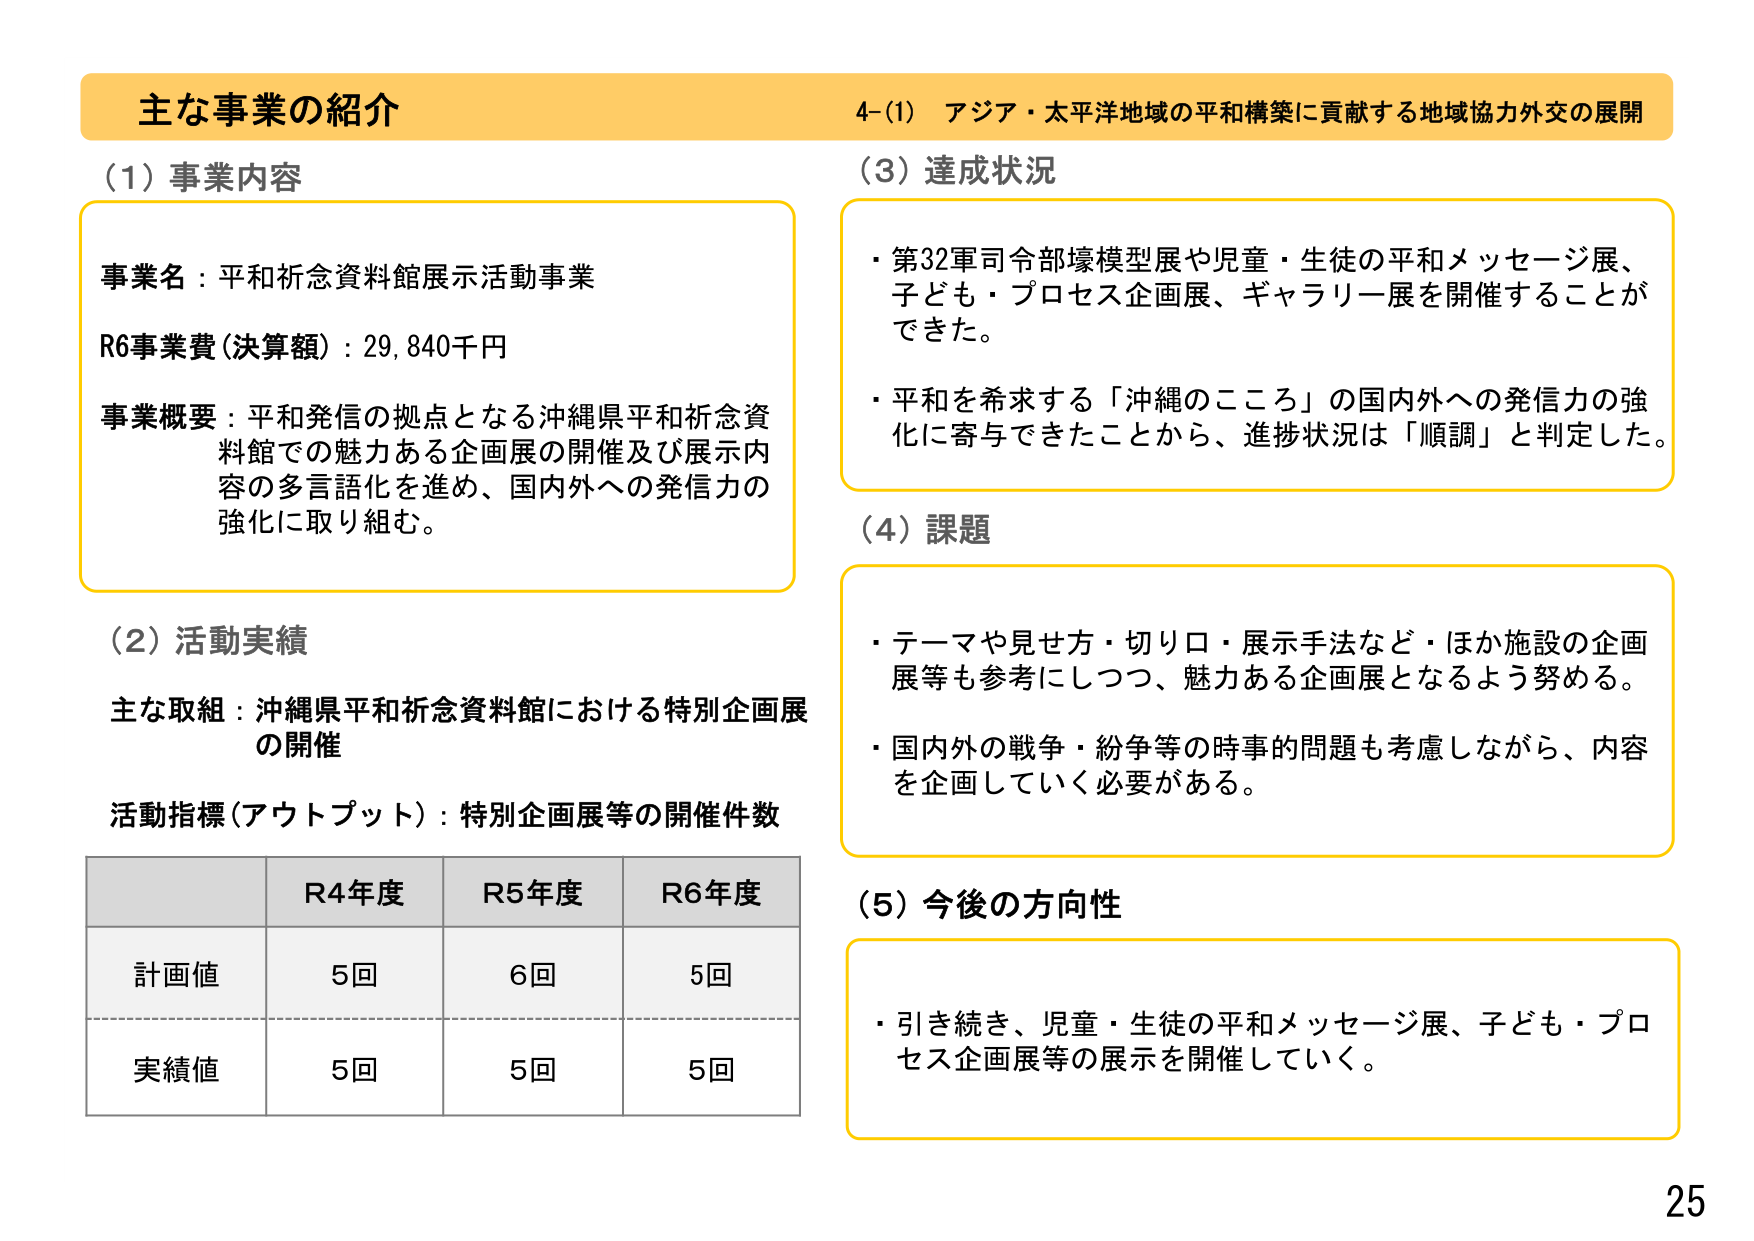
主な事業の紹介
4-(1) アジア・太平洋地域の平和構築に貢献する地域協力外交の展開

(1) 事業内容
事業名：平和祈念資料館展示活動事業
R6事業費（決算額）：29,840千円
事業概要：平和発信の拠点となる沖縄県平和祈念資料館での魅力ある企画展の開催及び展示内容の多言語化を進め、国内外への発信力の強化に取り組む。

(2) 活動実績
主な取組：沖縄県平和祈念資料館における特別企画展の開催
活動指標（アウトプット）：特別企画展等の開催件数

R4年度 R5年度 R6年度
計画値 5回 6回 5回
実績値 5回 5回 5回

(3) 達成状況
・第32軍司令部壕模型展や児童・生徒の平和メッセージ展、子ども・プロセス企画展、ギャラリー展を開催することができた。
・平和を希求する「沖縄のこころ」の国内外への発信力の強化に寄与できたことから、進捗状況は「順調」と判定した。

(4) 課題
・テーマや見せ方・切り口・展示手法など・ほか施設の企画展等も参考にしつつ、魅力ある企画展となるよう努める。
・国内外の戦争・紛争等の時事的問題も考慮しながら、内容を企画していく必要がある。

(5) 今後の方向性
・引き続き、児童・生徒の平和メッセージ展、子ども・プロセス企画展等の展示を開催していく。

25